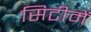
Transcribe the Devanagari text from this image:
सिटीमें